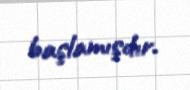
başlamışdır.